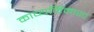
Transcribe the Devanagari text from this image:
काव्यमिंमाशा